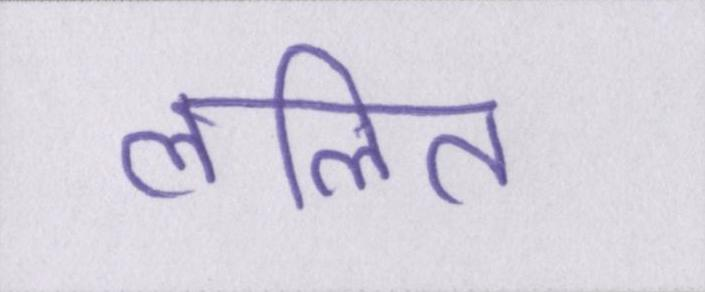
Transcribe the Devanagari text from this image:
ललित